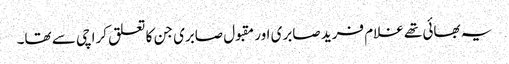
یہ بھائی تھے غلام فرید صابری اور مقبول صابری جن کا تعلق کراچی سے تھا۔